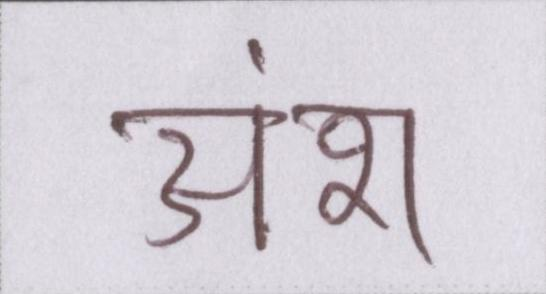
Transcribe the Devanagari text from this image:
अंश